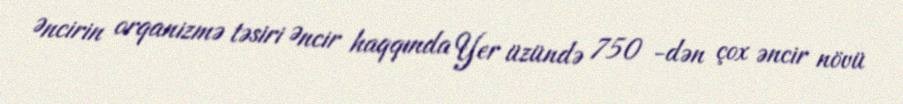
Əncirin orqanizmə təsiri Əncir haqqında Yer üzündə 750 -dən çox əncir növü